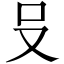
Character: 𪠲